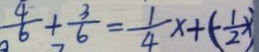
\frac { 4 } { 6 } + \frac { 3 } { 6 } = \frac { 1 } { 4 } x + ( - \frac { 1 } { 2 } )